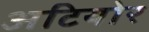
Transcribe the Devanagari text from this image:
अटियोर